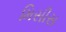
મિસીસ